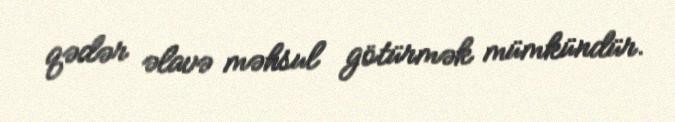
qədər əlavə məhsul götürmək mümkündür.